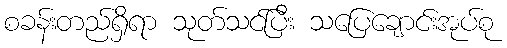
စခန်းတည်ရှိရာ သုတ်သင်ပြီး သပြေချောင်းအုပ်စု